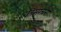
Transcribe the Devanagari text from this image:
कीसंरचना